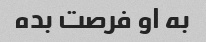
به او فرصت بده